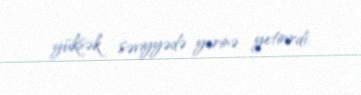
yüksək səviyyədə yerinə yetirirdi.